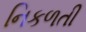
નિકળતી